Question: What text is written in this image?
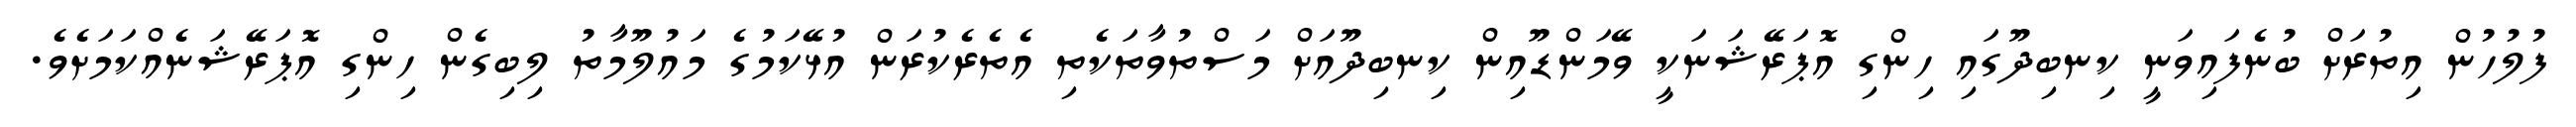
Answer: ފުލުހުން އިތުރަށް ބުނެފައިވަނީ ކިނބިދޫގައި ހިންގި އޮޕަރޭޝަނަކީ ވޭމަންޑޫއިން ކިނބިދޫއަށް މަސްތުވާތަކެތި އެތެރެކުރަން އުޅޭކަމުގެ މައުލޫމާތު ލިބިގެން ހިންގި އޮޕަރޭޝަނެއްކަމަށެވެ.